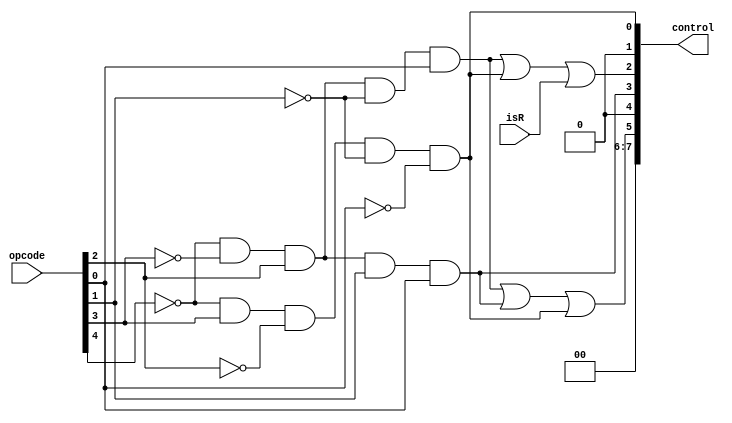
module control_decoder(control, opcode, isR);


	input [4:0] opcode;
	input isR;
	output[7:0] control;
	
	wire BR, JP, ALUinB, ALUop, DMwe, Rwe, Rdst,Rwd;
	
	wire[7:0] addi, sw, lw;
	// BR
	assign BR = 0;
	
	// JP
	assign JP = 0;
	
	// ALUinB
	and (addi[2],~opcode[4], ~opcode[3], opcode[2], ~opcode[1],opcode[0]); 
	and (sw[2],~opcode[4], ~opcode[3], opcode[2], opcode[1],opcode[0]);
	and (lw[2],~opcode[4], opcode[3], ~opcode[2], ~opcode[1],~opcode[0]);
	or (ALUinB, addi[2], sw[2], lw[2]);
	
	// ALUop
	assign ALUop = 0;
	
	// DMwe
	and (sw[4],~opcode[4], ~opcode[3], opcode[2], opcode[1],opcode[0]); 
	or (DMwe, sw[4], sw[4]);

	// Rwe
	and (addi[5],~opcode[4], ~opcode[3], opcode[2], ~opcode[1],opcode[0]); 
	and (lw[5],~opcode[4], opcode[3], ~opcode[2], ~opcode[1],~opcode[0]);
	or (Rwe, addi[5], lw[5], isR);
	
	// Rdst
	assign Rdst = 0;
	
	// Rwd
	and (lw[7],~opcode[4], opcode[3], ~opcode[2], ~opcode[1],~opcode[0]);
	or (Rwd, lw[7], lw[7]);	
	
	// assign signal to control
	and (control[7],BR, 1'b1);
	and (control[6],JP, 1'b1);
	and (control[5],ALUinB, 1'b1);
	and (control[4],ALUop, 1'b1);
	and (control[3],DMwe, 1'b1);
	and (control[2],Rwe, 1'b1);
	and (control[1],Rdst, 1'b1);
	and (control[0],Rwd, 1'b1);
	
	
endmodule